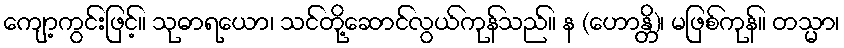
ကျော့ကွင်းဖြင့်။ သုဓာရယော၊ သင်တို့ဆောင်လွယ်ကုန်သည်။ န (ဟောန္တိ)၊ မဖြစ်ကုန်။ တသ္မာ၊